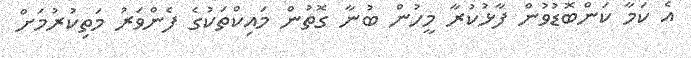
އެ ކަމާ ކަންބޮޑުވުން ފާޅުކުރާ މީހުން ބުނާ ގޮތުން މައިކްތަކުގެ ފެންވަރު މަތިކުރުމަށް